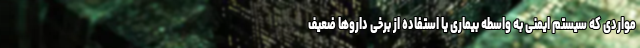
مواردی که سیستم ایمنی به واسطه بیماری یا استفاده از برخی داروها ضعیف